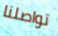
تواصلنا